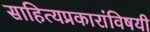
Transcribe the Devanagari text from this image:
साहित्यप्रकारांविषयी